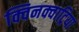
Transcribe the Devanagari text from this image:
क्विनक्वाट्रिया